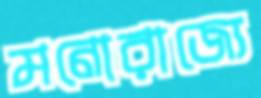
মনোরাজ্যে